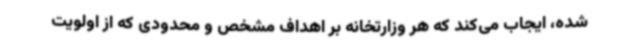
شده، ایجاب می‌کند که هر وزارتخانه بر اهداف مشخص و محدودی که از اولویت